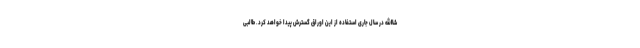
شاالله در سال جاری استفاده از این اوراق گسترش پیدا خواهد کرد. طالبی